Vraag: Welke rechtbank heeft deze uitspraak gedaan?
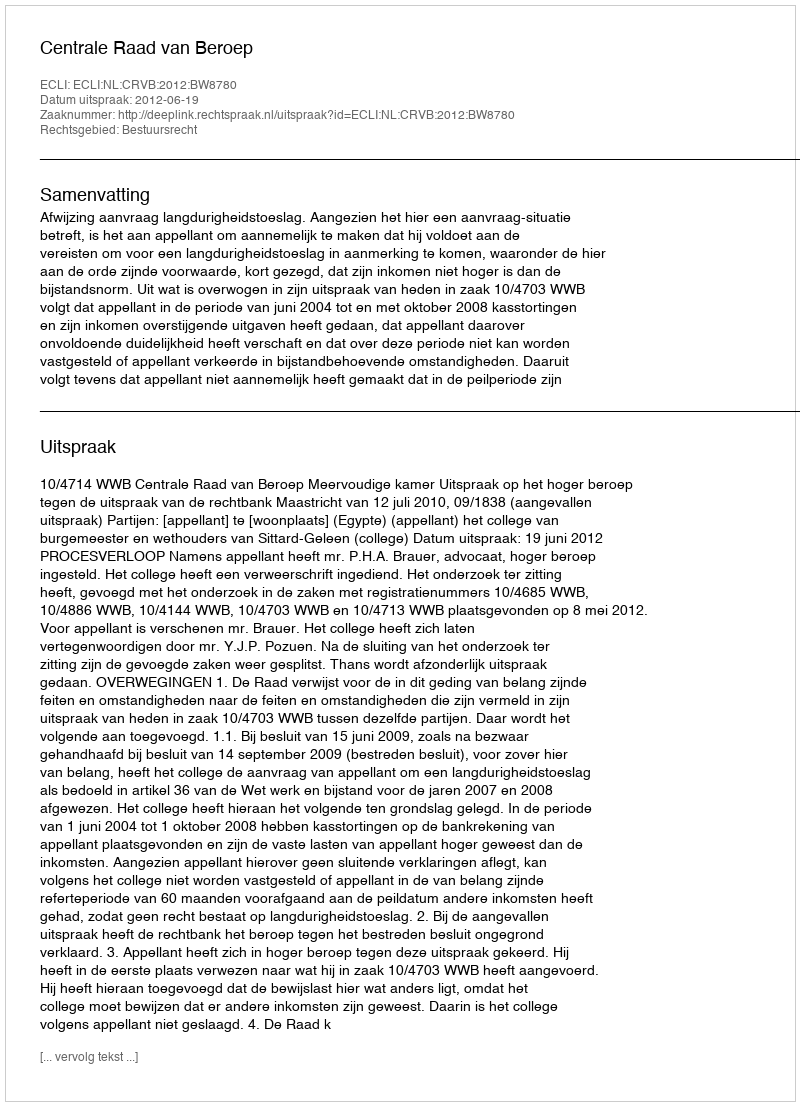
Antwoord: Centrale Raad van Beroep